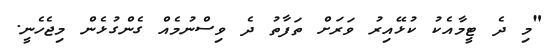
"މި ދެ ޓީމާއެކު ކުޅޭއިރު ވަރަށް ތަފާތު ދެ ވިސްނުމެއް ގެންގުޅެން މިޖެހެނީ.